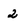
Character: 2